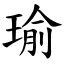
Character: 瑜